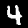
Digit: 4